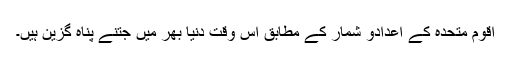
اقوم متحدہ کے اعدادو شمار کے مطابق اس وقت دنیا بھر میں جتنے پناہ گزین ہیں۔